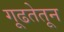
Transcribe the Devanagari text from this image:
गूढतेतून